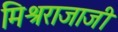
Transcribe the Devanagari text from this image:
मिश्रराजाजी